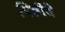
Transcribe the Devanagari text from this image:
पिढीवे